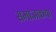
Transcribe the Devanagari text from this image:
समाजकथा